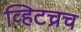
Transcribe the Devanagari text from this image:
व्हिटच्रच